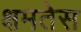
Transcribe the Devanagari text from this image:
क्षमतेस